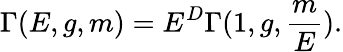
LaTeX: \Gamma(E,g,m)=E^{D}\Gamma(1,g,\frac{m}{E}).